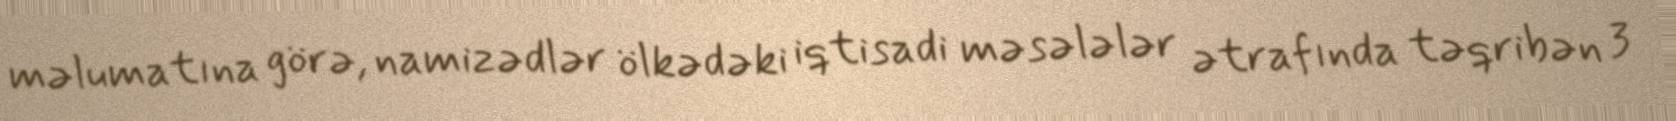
məlumatına görə, namizədlər ölkədəki iqtisadi məsələlər ətrafında təqribən 3